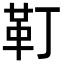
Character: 靪